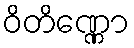
ဝိတိဏ္ဏော